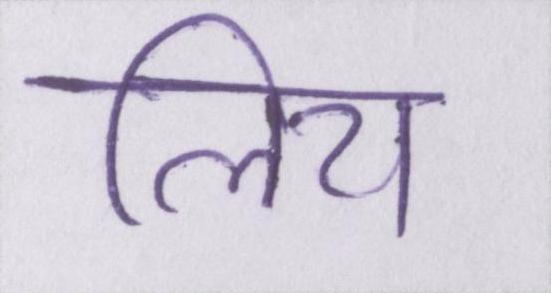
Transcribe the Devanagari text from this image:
लिय